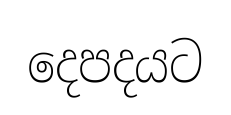
දෙපදයට